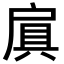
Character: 𫼐